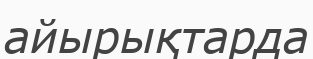
айырықтарда